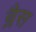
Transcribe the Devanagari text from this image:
ब्लैस